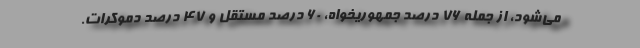
می‌شود، از جمله ۷۶ درصد جمهوریخواه، ۶۰ درصد مستقل و ۴۷ درصد دموکرات.